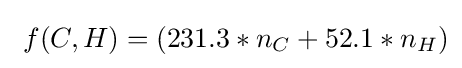
\ f(C,H)=(231.3*n_{C}+52.1*n_{H})